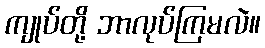
ကျုပ်တို့ ဘာလုပ်ကြမလဲ။